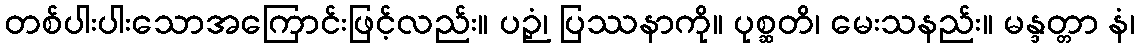
တစ်ပါးပါးသောအကြောင်းဖြင့်လည်း။ ပဉှံ၊ ပြဿနာကို။ ပုစ္ဆတိ၊ မေးသနည်း။ မန္ဒတ္တာ နံ၊